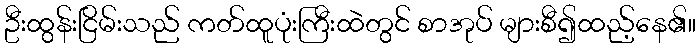
ဦးထွန်းငြိမ်းသည် ကတ်ထူပုံးကြီးထဲတွင် စာအုပ် များစီ၍ထည့်နေ၏။